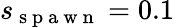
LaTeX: s_{\mathrm{~s~p~a~w~n~}}=0.1